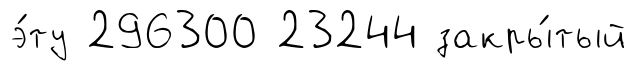
э́ту 296300 23244 закры́тый